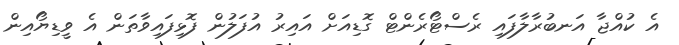
އެ ކުއްޖާ އަނބުރާލާފައި ރެސްޓޯރެންޓް ގޮޑިއަށް އައިރު އުފަލުން ފޮޅިފައިވާތަން އެ ވީޑިޔޯއިން